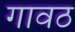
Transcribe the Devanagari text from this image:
गावठ